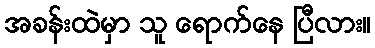
အခန်းထဲမှာ သူ ရောက်နေ ပြီလား။